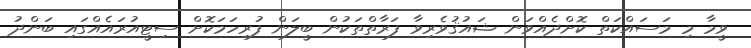
ވީމާ މި މަސައްކަތް ކޮށްދެއްވަން ޝައުޤުވެރިވާ ފަރާތްތަކުން ބީލަން ފުރިހަމަކޮށް ސިޓީއުރައެއްގައި ބަންދު